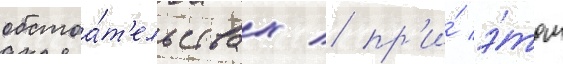
обстоа́т'ельствах / пр'и́ э́том